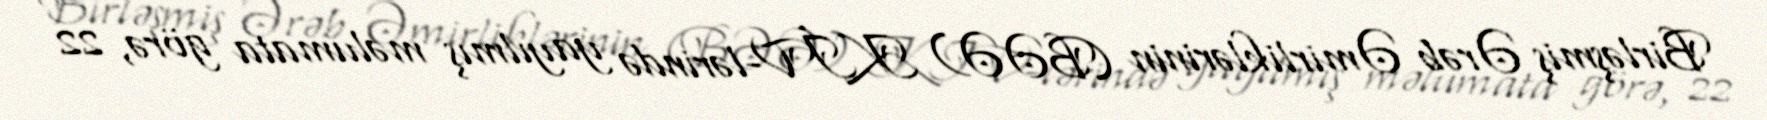
Birləşmiş Ərəb Əmirliklərinin (BƏƏ) KİV-lərində yayılmış məlumata görə, 22